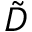
\tilde { D }